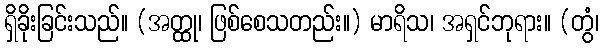
ရှိခိုးခြင်းသည်။ (အတ္ထု၊ ဖြစ်စေသတည်း။) မာရိသ၊ အရှင်ဘုရား။ (တွံ၊